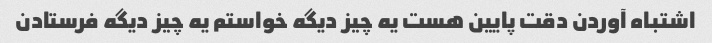
اشتباه آوردن دقت پایین هست یه چیز دیگه خواستم یه چیز دیگه فرستادن